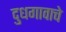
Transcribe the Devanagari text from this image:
दुधगावाचे